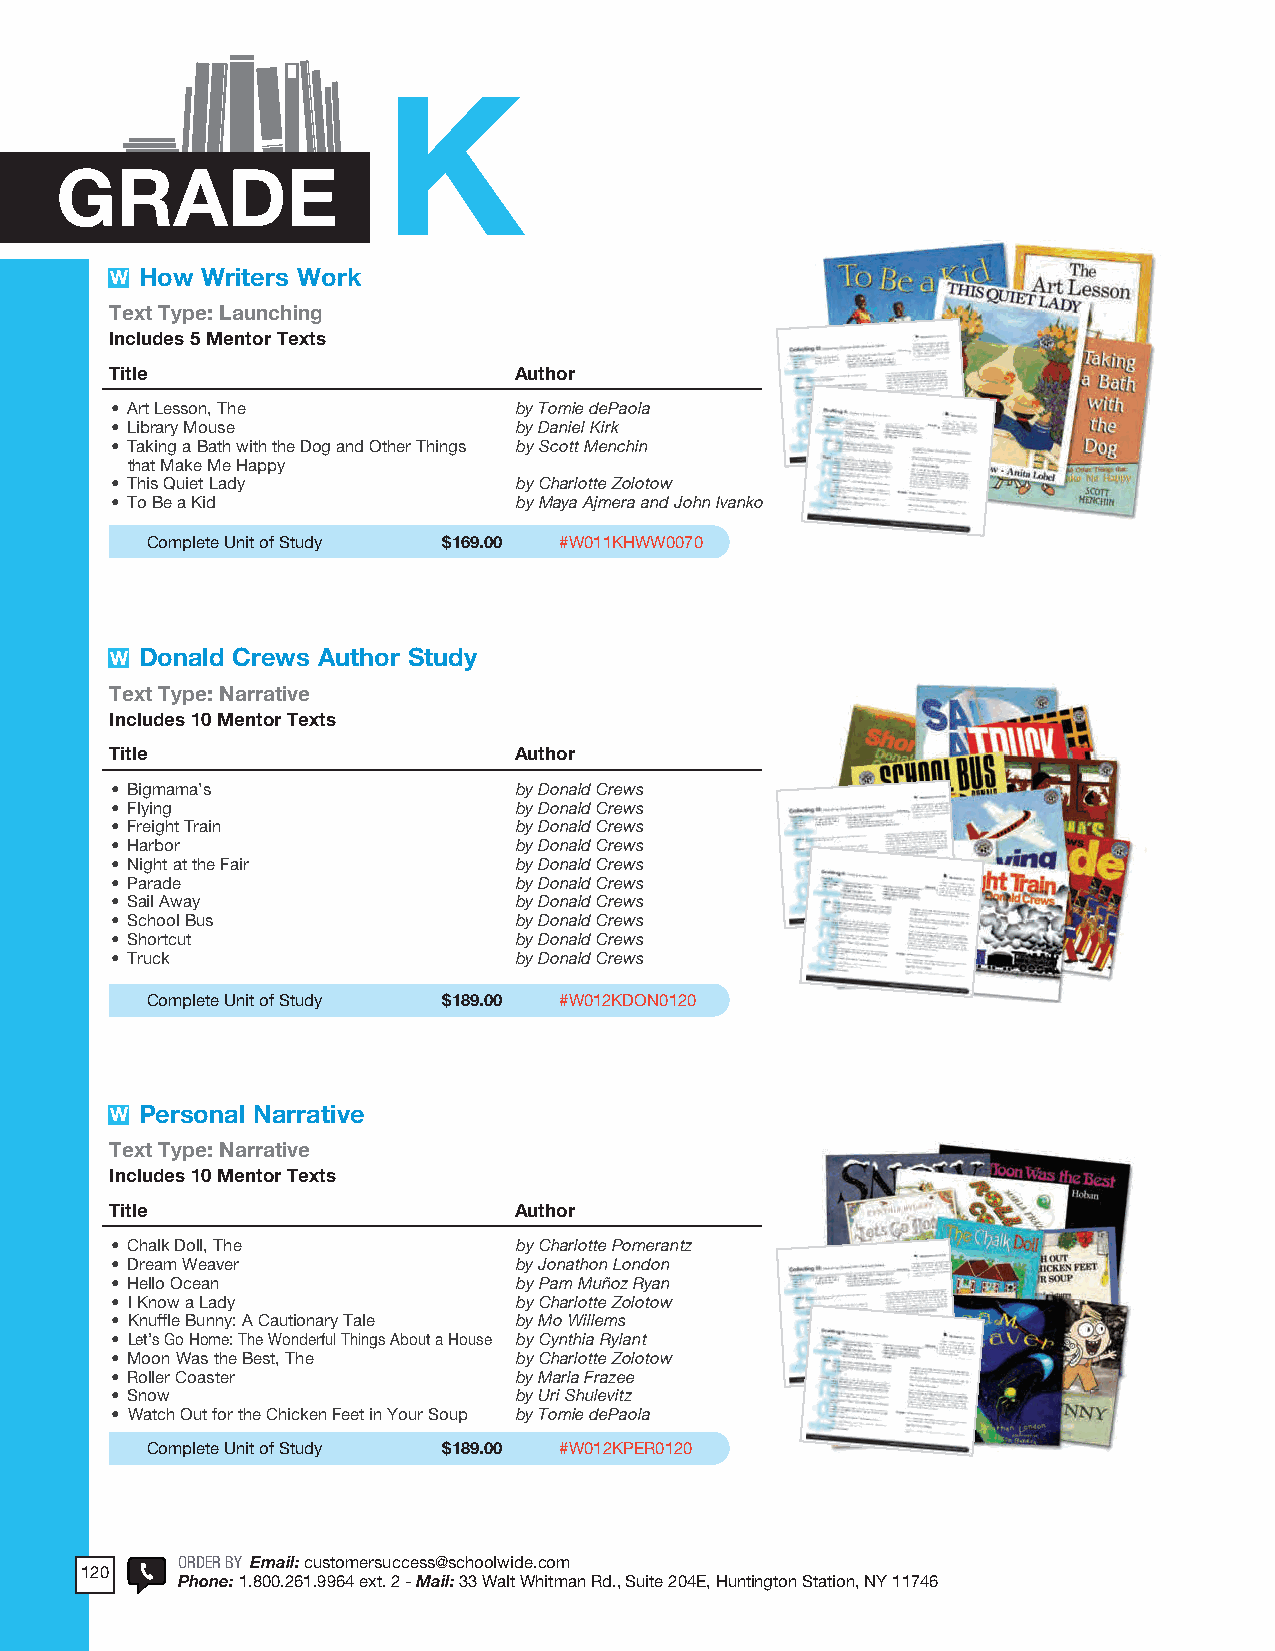
2018 ProdSamp_Layout 1 7/28/17 12:14 PM Page 286
 K
 GRADE
 W How Writers Work
 Text Type: Launching
 Includes 5 Mentor Texts
 Title                      Author
 • Art Lesson, The          by Tomie dePaola
 • Library Mouse            by Daniel Kirk
 • Taking a Bath with the Dog and Other Things by Scott Menchin
 that Make Me Happy
 • This Quiet Lady          by Charlotte Zolotow
 • To Be a Kid              by Maya Ajmera and John Ivanko
 Complete Unit of Study $169.00 #W011KHWW0070
 W Donald Crews Author Study
 Text Type: Narrative
 Includes 10 Mentor Texts
 Title                      Author
 • Bigmama’s                by Donald Crews
 • Flying                   by Donald Crews
 • Freight Train            by Donald Crews
 • Harbor                   by Donald Crews
 • Night at the Fair        by Donald Crews
 • Parade                   by Donald Crews
 • Sail Away                by Donald Crews
 • School Bus               by Donald Crews
 • Shortcut                 by Donald Crews
 • Truck                    by Donald Crews
 Complete Unit of Study $189.00 #W012KDON0120
 W Personal Narrative
 Text Type: Narrative
 Includes 10 Mentor Texts
 Title                      Author
 • Chalk Doll, The          by Charlotte Pomerantz
 • Dream Weaver             by Jonathon London
 • Hello Ocean              by Pam Muñoz Ryan
 • I Know a Lady            by Charlotte Zolotow
 • Knuffle Bunny: A Cautionary Tale by Mo Willems
 • Let’s Go Home: The Wonderful Things About a House by Cynthia Rylant
 • Moon Was the Best, The   by Charlotte Zolotow
 • Roller Coaster           by Marla Frazee
 • Snow                     by Uri Shulevitz
 • Watch Out for the Chicken Feet in Your Soup by Tomie dePaola
 Complete Unit of Study $189.00 #W012KPER0120
 ORODREDRE RB YB YE Emmaial: icl:u cstuomsteorsmerevricseu@csccehososl@wisdec.hcoomolwide .com
 120
 206     PPhohnoen: e1:. 810 .08.20601 ..2969614 .9 -9 F6a4x :e 1x.t8 .6 26. 3-3 M3.1a1i3l:0 3 -3 M Waial:l t3 3W Whaitltm Wahnit mRadn  .R, dS.,u Situeit e2 20044EE,, HHuuntnintgintognt Sotnat iSonta, NtiYo n11, 7N4Y6 11746